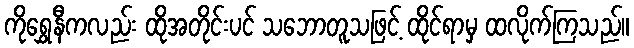
ကိုရွှေနီကလည်း ထိုအတိုင်းပင် သဘောတူသဖြင့် ထိုင်ရာမှ ထလိုက်ကြသည်။